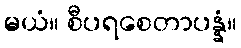
မယံ။ စီပရစေတာပန္နံ။